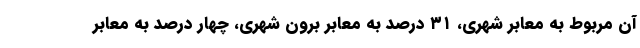
آن مربوط به معابر شهری، ۳۱ درصد به معابر برون شهری، چهار درصد به معابر